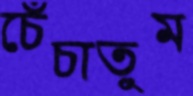
চেঁচাতুম